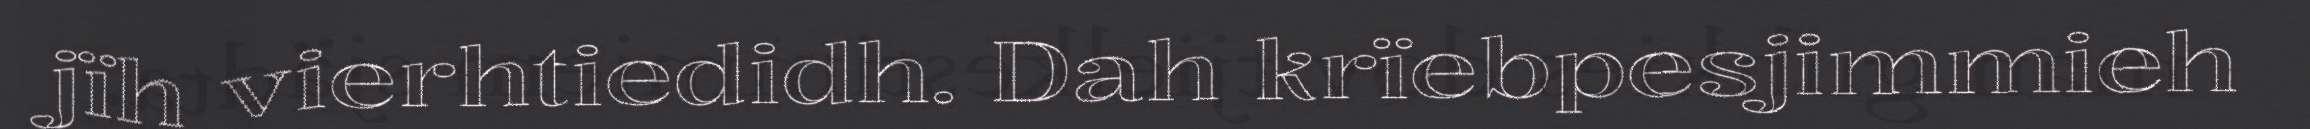
jïh vierhtiedidh. Dah krïebpesjimmieh